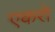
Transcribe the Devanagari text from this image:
एकरो